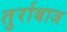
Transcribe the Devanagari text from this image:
तुर्राबाज